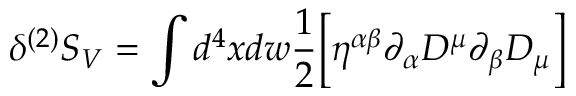
\delta ^ { ( 2 ) } S _ { V } = \int d ^ { 4 } x d w \frac { 1 } { 2 } \biggl [ \eta ^ { \alpha \beta } \partial _ { \alpha } { \cal D } ^ { \mu } \partial _ { \beta } { \cal D } _ { \mu } \biggr ]